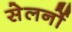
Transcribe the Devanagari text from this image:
सेलर्नो